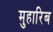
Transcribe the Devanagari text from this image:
मुहारिब